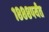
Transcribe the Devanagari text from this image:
१८८८पर्यंत